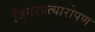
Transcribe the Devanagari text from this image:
जिगरप्रत्यारोपण